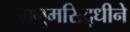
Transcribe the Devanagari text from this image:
मनुमसिद्धीने